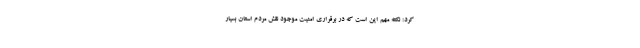
کرد: نکته مهم این است که در برقراری امنیت موجود نقش مردم استان بسیار